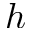
h